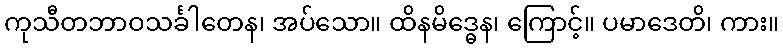
ကုသီတဘာဝသင်္ခါတေန၊ အပ်သော။ ထိနမိဒ္ဓေန၊ ကြောင့်။ ပမာဒေတိ၊ ကား။